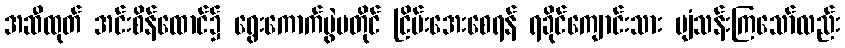
အဆီထုတ် အင်းစိန်ထောင်၌ ရွေးကောက်ပွဲမတိုင် ငြိမ်းအေးစေရန် ရခိုင်ကျောင်းသား ပျံသန်းကြသော်လည်း